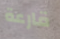
قارعة